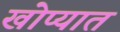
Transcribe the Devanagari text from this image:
खोप्यात